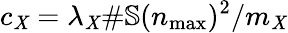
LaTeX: c_{\mathit{X}}=\lambda_{\mathit{X}}\# \mathbb{{S}}(n_{\operatorname*{max}})^{2}/m_{\mathit{X}}